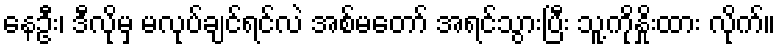
နေဦး၊ ဒီလိုမှ မလုပ်ချင်ရင်လဲ အစ်မတော် အရင်သွားပြီး သူ့ကိုနှိုးထား လိုက်။